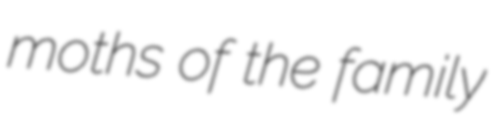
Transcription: moths of the family